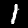
Digit: 1